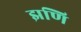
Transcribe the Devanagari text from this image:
झणि